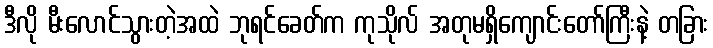
ဒီလို မီးလောင်သွားတဲ့အထဲ ဘုရင်ခေတ်က ကုသိုလ် အတုမရှိကျောင်းတော်ကြီးနဲ့ တခြား